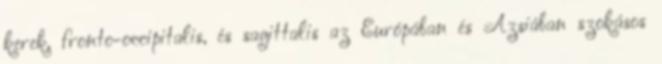
kerek, fronto-occipitalis, és sagittalis az Európában és Ázsiában szokásos